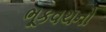
ભૂકવચનો